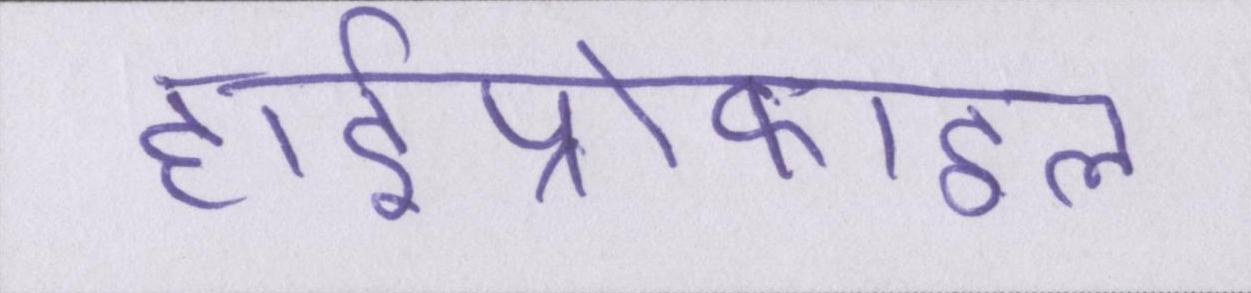
हाईप्रोफाइल